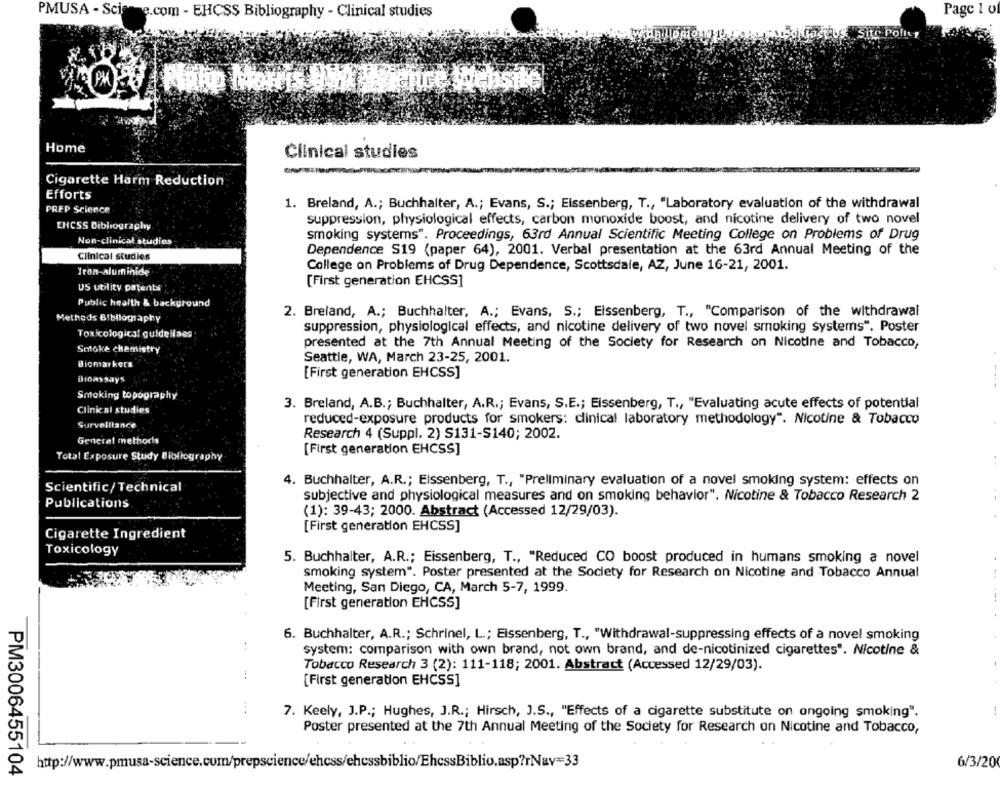
PMUSA - Science.com - EHCSS Bibliography - Clinical studies
Page 1 of
Site Policy
(2) Pakp Morris ONA Pair ice Website
Home
Clinical studies
Cigarette Harm Reduction
Efforts
1. Breland, A .; Buchhalter, A .; Evans, S .; Eissenberg, T ., "Laboratory evaluation of the withdrawal
PREP Science
suppression, physiological effects, carbon monoxide boost, and nicotine delivery of two novel
ENCSS Bibliography
smoking systems". Proceedings, 63rd Annual Scientific Meeting College on Problems of Drug
Non-clinical studies
Dependence S19 (paper 64), 2001. Verbal presentation at the 63rd Annual Meeting of the
Clinical studies
College on Problems of Drug Dependence, Scottsdale, AZ, June 16-21, 2001.
Iron-aluminide
[First generation EHCSS]
US utility patents
Public health & background
2. Breland, A .; Buchhalter, A .; Evans, S .; Eissenberg, T ., "Comparison of the withdrawal
Methods Bibliography
suppression, physiological effects, and nicotine delivery of two novel smoking systems". Poster
Toxicological guidelines
Smoke chemistry
presented at the 7th Annual Meeting of the Society for Research on Nicotine and Tobacco,
Biomarkers
Seattle, WA, March 23-25, 2001.
Bioassays
[First generation EHCSS]
Smoking topography
Clinical studies
3. Breland, A.B .; Buchhalter, A.R .; Evans, S.E .; Eissenberg, T ., "Evaluating acute effects of potential
Surveillance
reduced-exposure products for smokers: clinical laboratory methodology". Nicotine & Tobacco
Research 4 (Suppl. 2) S131-S140; 2002.
Generat methods
[First generation EHCSS]
Total Exposure Study Bibliography
4. Buchhalter, A.R .; Eissenberg, T ., "Preliminary evaluation of a novel smoking system: effects on
Scientific/ Technical
subjective and physiological measures and on smoking behavior". Nicotine & Tobacco Research 2
Publications
(1): 39-43; 2000. Abstract (Accessed 12/29/03).
[First generation EHCSS]
Cigarette Ingredient
Toxicology
5. Buchhalter, A.R .; Eissenberg, T ., "Reduced CO boost produced in humans smoking a novel
smoking system". Poster presented at the Society for Research on Nicotine and Tobacco Annual
Meeting, San Diego, CA, March 5-7, 1999.
[First generation EHCSS]
6. Buchhalter, A.R .; Schrinel, L .; Eissenberg, T ., "Withdrawal-suppressing effects of a novel smoking
system: comparison with own brand, not own brand, and de-nicotinized cigarettes". Nicotine &
Tobacco Research 3 (2): 111-118; 2001. Abstract (Accessed 12/29/03).
:
[First generation EHCSS]
7. Keely, J.P .; Hughes, J.R .; Hirsch, J.S ., "Effects of a cigarette substitute on ongoing smoking".
Poster presented at the 7th Annual Meeting of the Society for Research on Nicotine and Tobacco,
http://www.pmusa-science.com/prepscience/ehcss/ehcssbiblio/EhcssBiblio.asp?rNav=33
6/3/20
PM3006455104